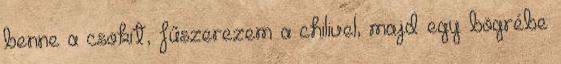
benne a csokit, fűszerezem a chilivel, majd egy bögrébe